Riigikantselei, lk 69
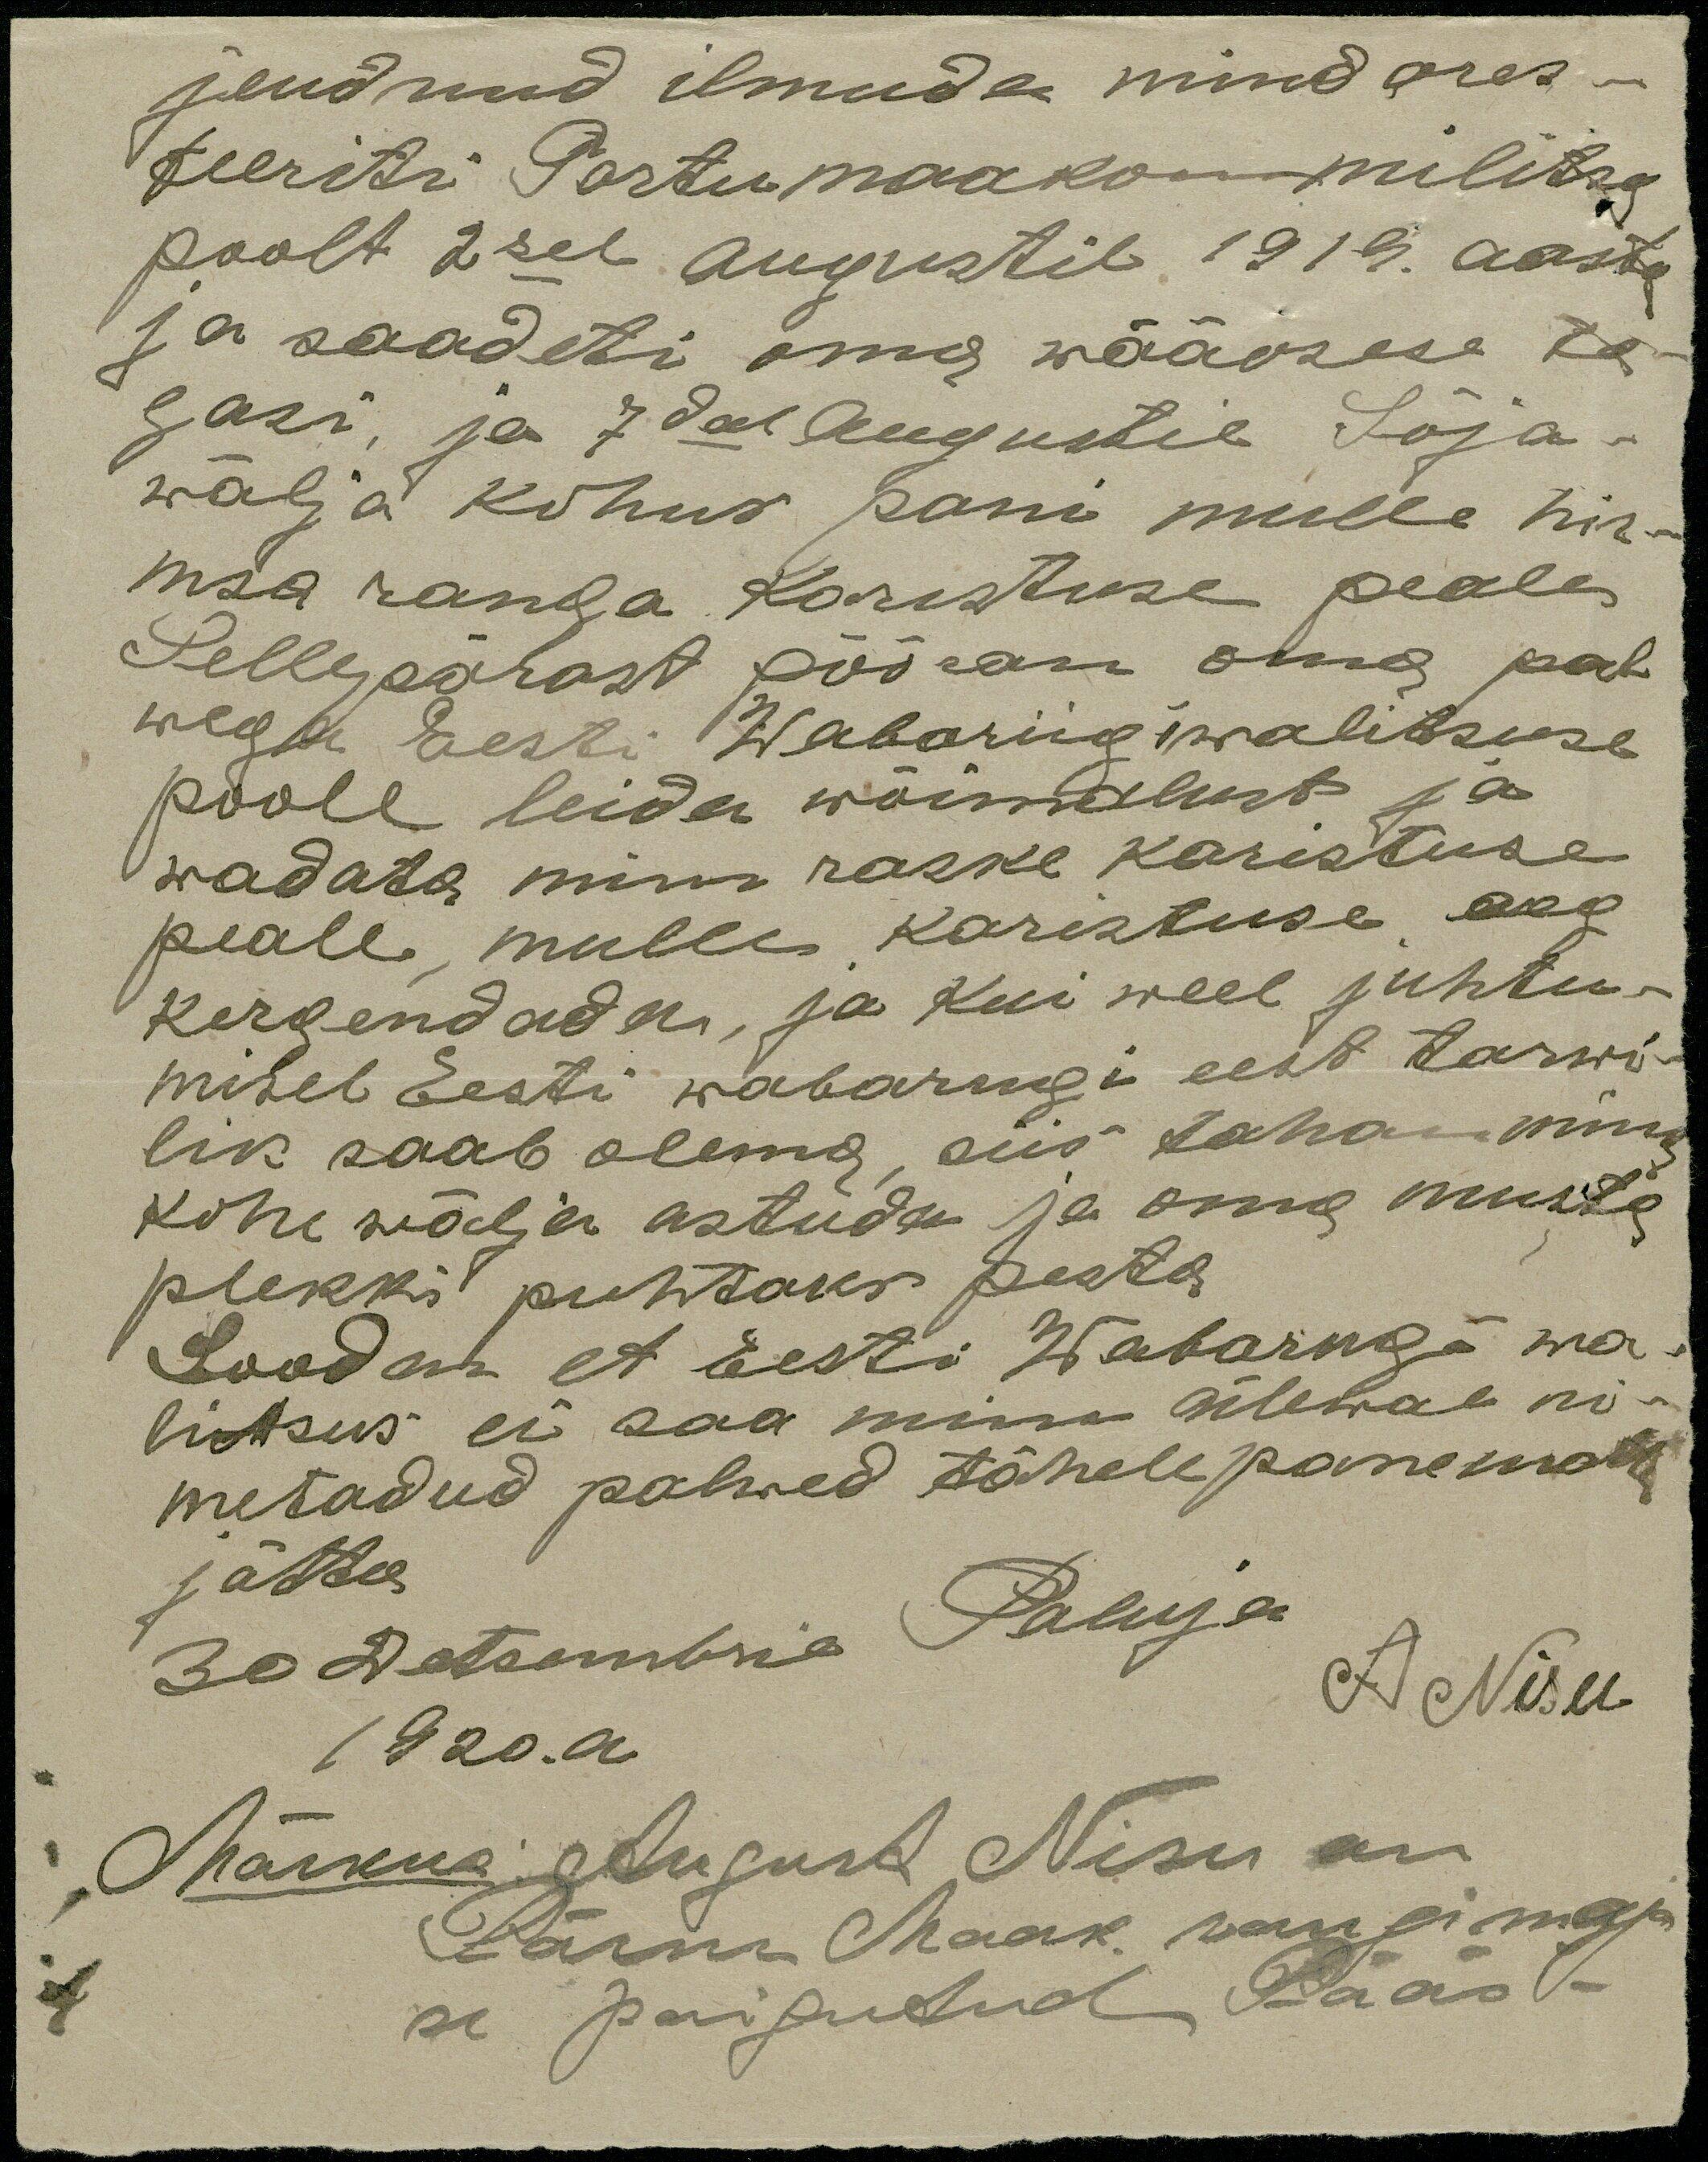
jeudnud ilmuda mind ares-
teeriti Tartumaakonn militsa
poolt 2sel Augustil 1919. aasta
ja saadeti oma wääosese ta-
gasi, ja 7dal Augustil Sõja-
wälja kohus pani mulle hir-
msa ranga Karistuse peale
Sellepärast pööran oma pal-
wega Eesti Wabariigiwalitsuse
poole leida wõimalust ja
wadata, minu raske karistuse
peale, mulle karistuse aeg
kergendada, ja kui weel juhtu-
misel Eesti wabariigi eest tarwi-
lik saab olema, siis tahan mina
kohe wälja astuda ja oma musta
plekki puhtaks pesta.
Loodan et Eesti Wabariigi wa
litsus ei saa minu ülewal ni-
metadud palwed tähelepanemata
jättes
30 Detsembril Paluja
A Nisu
1920. a
Märkus August Nisu on
Pärnu Maak. vangimaja
se paigutud Pääs-